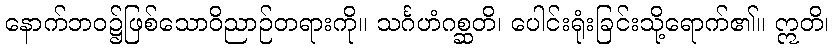
နောက်ဘဝ၌ဖြစ်သောဝိညာဉ်တရားကို။ သင်္ဂဟံဂစ္ဆတိ၊ ပေါင်းရုံးခြင်းသို့ရောက်၏။ ဣတိ၊